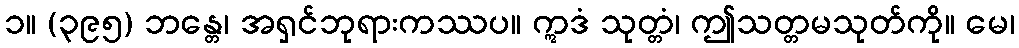
၁။ (၃၉၅) ဘန္တေ၊ အရှင်ဘုရားကဿပ။ ဣဒံ သုတ္တံ၊ ဤသတ္တမသုတ်ကို။ မေ၊